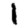
Digit: 1